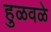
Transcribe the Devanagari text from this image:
हुळवळे